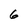
Character: 6